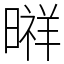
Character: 㬕